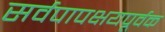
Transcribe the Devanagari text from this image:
सर्वपापक्षयपूर्वक